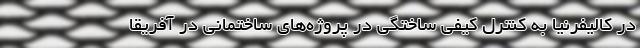
در کالیفرنیا به کنترل کیفی ساختگی در پروژه‌های ساختمانی در آفریقا